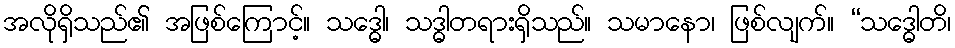
အလိုရှိသည်၏ အဖြစ်ကြောင့်။ သဒ္ဓေါ၊ သဒ္ဓါတရားရှိသည်။ သမာနော၊ ဖြစ်လျက်။ “သဒ္ဓေါတိ၊